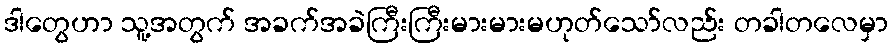
ဒါတွေဟာ သူ့အတွက် အခက်အခဲကြီးကြီးမားမားမဟုတ်သော်လည်း တခါတလေမှာ